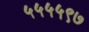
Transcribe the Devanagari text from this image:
५५५५९७